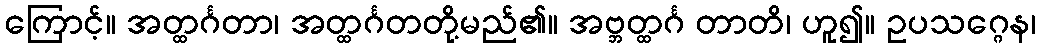
ကြောင့်။ အတ္ထင်္ဂတာ၊ အတ္ထင်္ဂတတို့မည်၏။ အဗ္ဘတ္ထင်္ဂ တာတိ၊ ဟူ၍။ ဥပသဂ္ဂေန၊